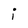
Character: i